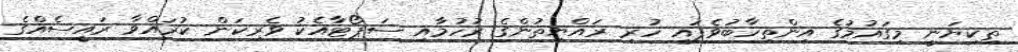
ތިކިޔަނީ މިގައުމުގެ އިންތިހާބުވެފައި ހުރި ރައްޔިތުންގެ ރުހުމާއި ސަޕޯޓާއެކު ވެރިކަން ކުރައްވާ ރައީސެއްގެ